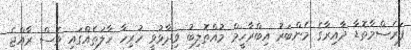
ފަރެސްމާތޮޑާ ދާއިރާގެ މެންބަރު އިބްރާހީމް މުއްތޮލިބު ވިދާޅުވީ ހުރިހާ ހާލަތެއްގައި ވެސް ރާއްޖެ